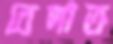
বেদাত